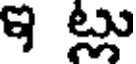
ఇటు